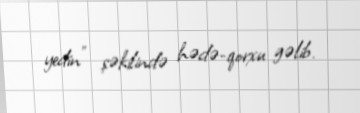
yedin" şəkilində hədə-qorxu gəlib.